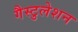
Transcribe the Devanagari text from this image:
गैस्टुलेशन